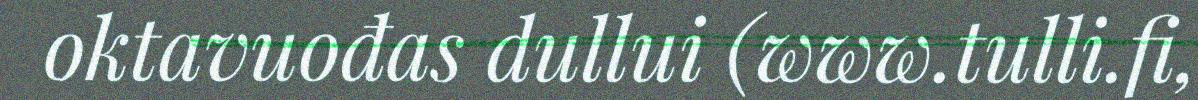
oktavuođas dullui (www.tulli.fi,